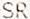
SR